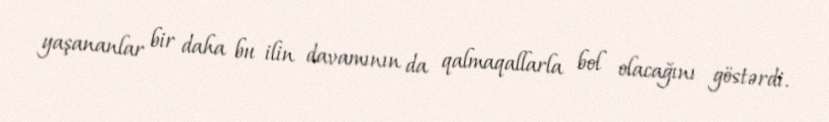
yaşananlar bir daha bu ilin davamının da qalmaqallarla bol olacağını göstərdi.